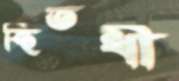
স্থিতধী